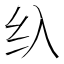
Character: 𱺐